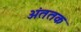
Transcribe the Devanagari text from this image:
अंततक